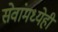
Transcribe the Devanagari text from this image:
सेवांमध्येही